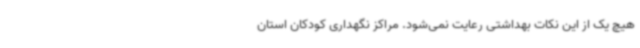
هیچ یک از این نکات بهداشتی رعایت نمی‌شود. مراکز نگهداری کودکان استان